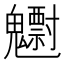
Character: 𱆠